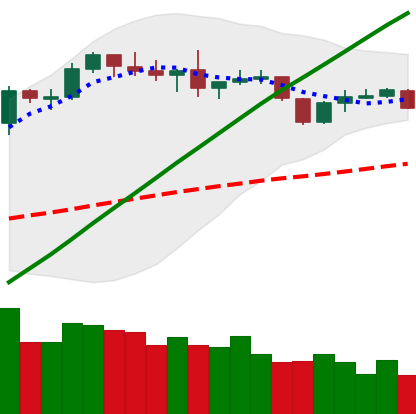
Ticker: BNB-USD
Chart end date: 2019-06-09
Forward return: 8.24%
Label: up_7plus